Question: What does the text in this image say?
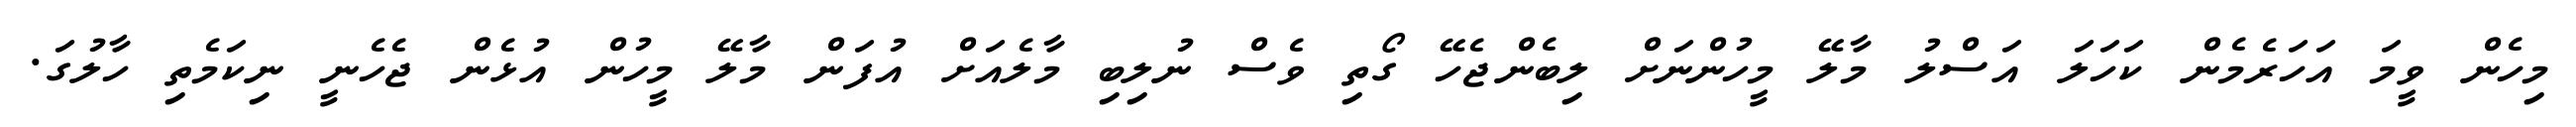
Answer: މިހެން ވީމަ އަހަރެމެން ކަހަލަ އަސްލު މާލޭ މީހުންނަށް ލިބެންޖެހޭ ގޯތި ވެސް ނުލިބި މާލެއަށް އުފަން މާލޭ މީހުން އުޅެން ޖެހެނީ ނިކަމެތި ހާލުގަ.